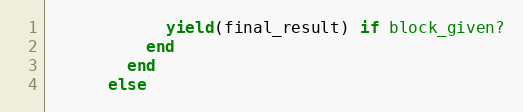
Language: Ruby
            yield(final_result) if block_given?
          end
        end
      else